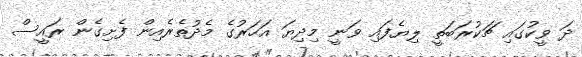
ދަ ވީކުގައި ޗަކުރަބަތީ ލިޔެފައި ވަނީ މިދިޔަ އަހަރުގެ މެދުތެރެއިން ފެށިގެން ރައީސް